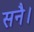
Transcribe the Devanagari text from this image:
सनै।